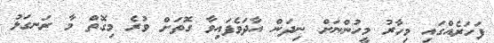
ފަހަރެއްގައި މިހާރު މީހުންނަށް ނިދަން އާދަވެފައިވާ ގޮތަށް ވުރެ މިގޮތް މާ ރަނގަޅު